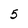
Character: 5